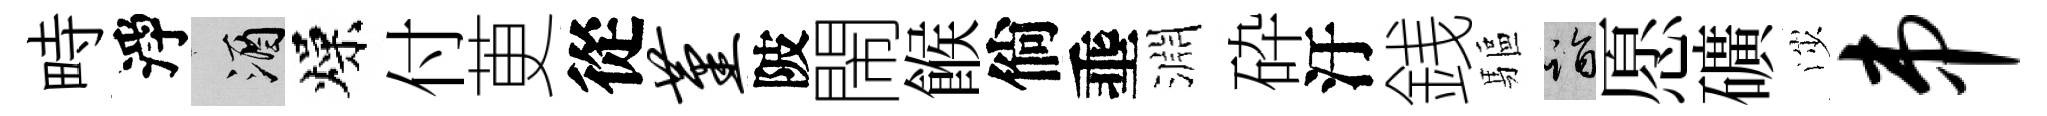
畤淨酒燥付茰從堇陂閙餱倘埀淵砕汙銭驅诣愿礦渉串